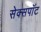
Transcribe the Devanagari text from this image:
सेक्सपॉट